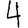
Digit: 4